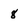
Character: 8